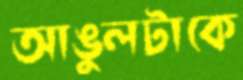
আঙুলটাকে